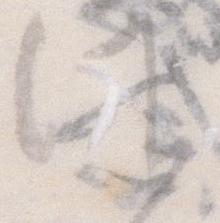
候